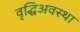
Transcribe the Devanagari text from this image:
वृद्धिअवस्था